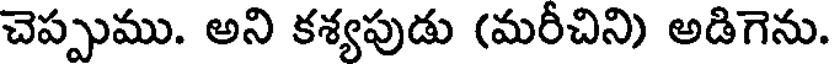
చెప్పుము. అని కశ్యపుడు (మరీచిని) అడిగెను.